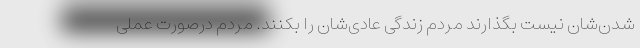
شدن‌شان نیست بگذارند مردم زندگی عادی‌شان را بکنند. مردم درصورت عملی